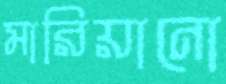
মারিয়ানো